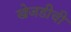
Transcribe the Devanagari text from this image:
खेजडीची